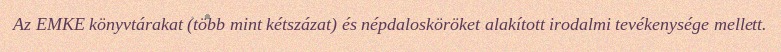
Az EMKE könyvtárakat (több mint kétszázat) és népdalosköröket alakított irodalmi tevékenysége mellett.